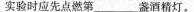
实验时应先点燃第___.盏酒精灯。